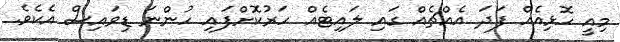
މިއީ ހޮޅިއެއް ފަދަ އެއްޗެއް ގައި ލައިޓެއް ހަރުކޮށްފައި ހުންނަ ޑިވައިސް އެކެވެ.